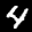
Label: 4